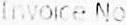
INVOICE NO